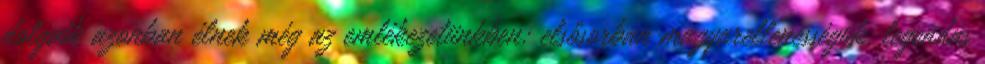
dolgaik azonban élnek még az emlékezetünkben: elsősorban magyarellenességük, legendás